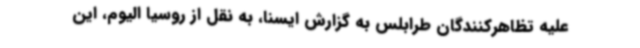
علیه تظاهرکنندگان طرابلس به گزارش ایسنا، به نقل از روسیا الیوم، این